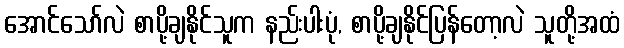
အောင်သော်လဲ စာပို့ချနိုင်သူက နည်းပါးပုံ, စာပို့ချနိုင်ပြန်တော့လဲ သူတို့အထံ